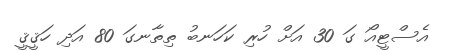
އެސްޓީއޯ ގަ 30 އަށް ހުރި ކަހަނބު ތިތާނގަ 80 އަދި ހަޤީޤީ